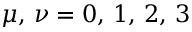
\mu , \, \nu = 0 , \, 1 , \, 2 , \, 3